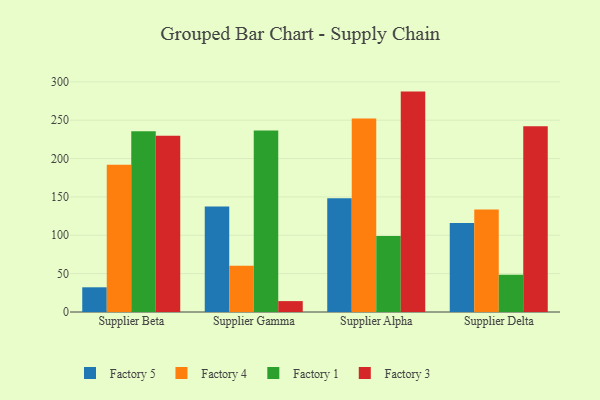
{"axis": {"x": "Supplier", "y": "Budget (USD K)"}, "legend": ["Factory 1", "Factory 3", "Factory 4", "Factory 5"], "data": [{"x": "Supplier Beta", "y": 32.2, "type": "Factory 5"}, {"x": "Supplier Beta", "y": 191.9, "type": "Factory 4"}, {"x": "Supplier Beta", "y": 235.6, "type": "Factory 1"}, {"x": "Supplier Beta", "y": 229.8, "type": "Factory 3"}, {"x": "Supplier Gamma", "y": 137.5, "type": "Factory 5"}, {"x": "Supplier Gamma", "y": 60.3, "type": "Factory 4"}, {"x": "Supplier Gamma", "y": 236.5, "type": "Factory 1"}, {"x": "Supplier Gamma", "y": 14.2, "type": "Factory 3"}, {"x": "Supplier Alpha", "y": 148.4, "type": "Factory 5"}, {"x": "Supplier Alpha", "y": 252.3, "type": "Factory 4"}, {"x": "Supplier Alpha", "y": 99.2, "type": "Factory 1"}, {"x": "Supplier Alpha", "y": 287.3, "type": "Factory 3"}, {"x": "Supplier Delta", "y": 116.0, "type": "Factory 5"}, {"x": "Supplier Delta", "y": 133.6, "type": "Factory 4"}, {"x": "Supplier Delta", "y": 48.5, "type": "Factory 1"}, {"x": "Supplier Delta", "y": 242.0, "type": "Factory 3"}]}